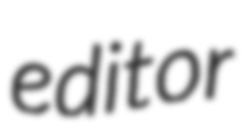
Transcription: editor